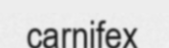
carnifex